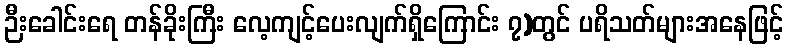
ဉီးခေါင်းရေ တန်ခိုးကြီး လေ့ကျင့်ပေးလျက်ရှိကြောင်း ၇)တွင် ပရိသတ်များအနေဖြင့်